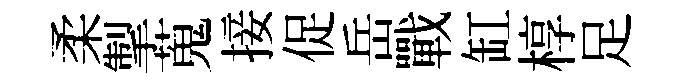
柔掣蒐接促岳戰缸椁足